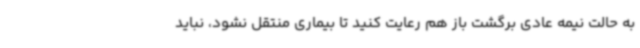
به حالت نیمه عادی برگشت باز هم رعایت کنید تا بیماری منتقل نشود، نباید